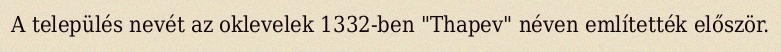
A település nevét az oklevelek 1332-ben "Thapev" néven említették először.